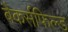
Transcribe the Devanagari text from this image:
बैकर्सफिल्ड